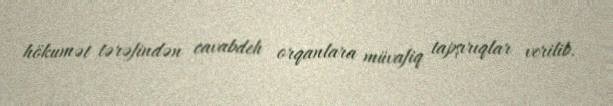
hökumət tərəfindən cavabdeh orqanlara müvafiq tapşırıqlar verilib.